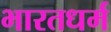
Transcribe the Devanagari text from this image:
भारतधर्म